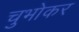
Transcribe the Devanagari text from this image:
चुभोकर